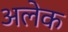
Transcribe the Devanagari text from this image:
अलेक